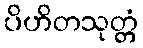
ပိဟိတသုတ္တံ